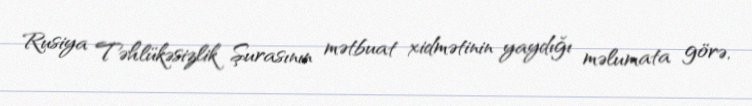
Rusiya Təhlükəsizlik Şurasının mətbuat xidmətinin yaydığı məlumata görə,